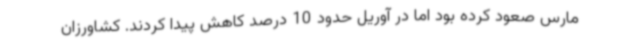
مارس صعود کرده بود اما در آوریل حدود 10 درصد کاهش پیدا کردند. کشاورزان